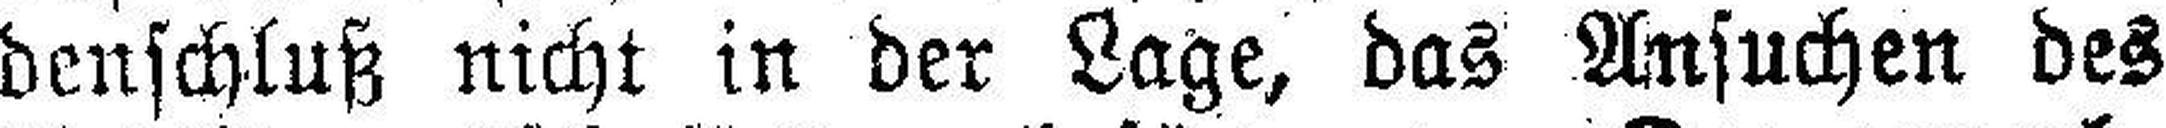
denschluß nicht in der Lage, das Ansuchen des